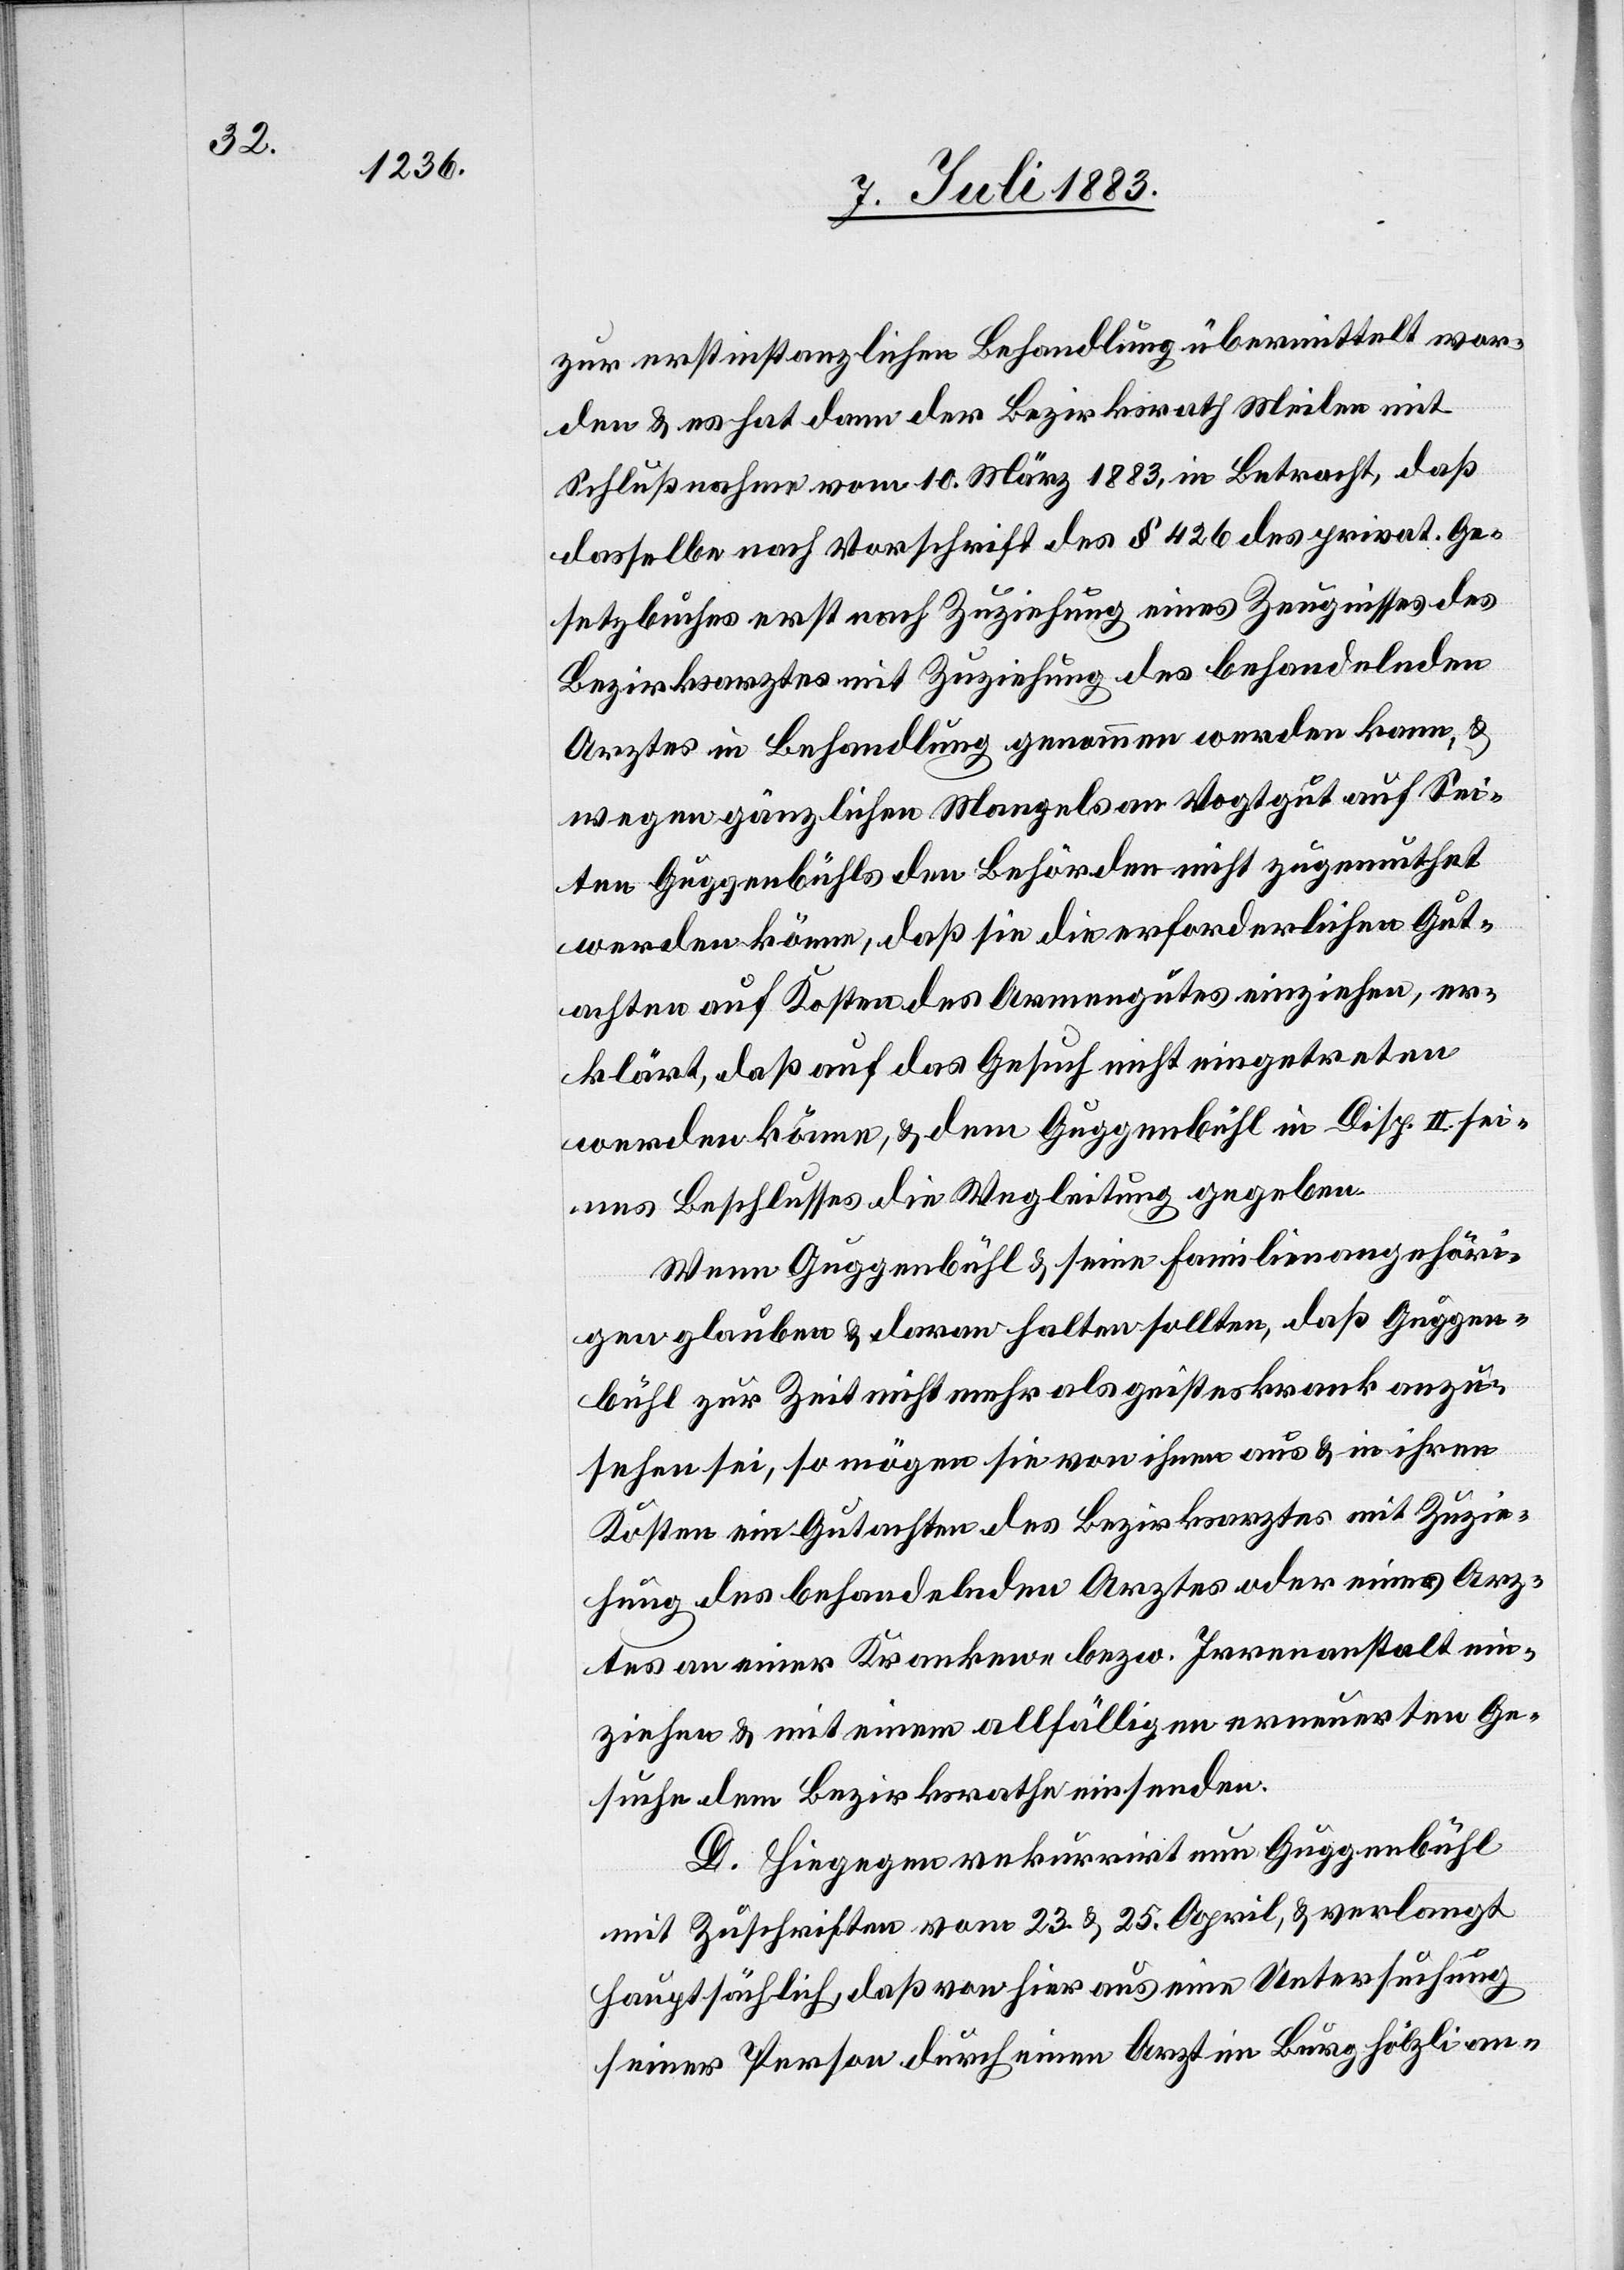
zur erstinstanzlichen Behandlung übermittelt wor¬
den & es hat dann der Bezirksrath Meilen mit
Schlußnahme vom 10. März 1883, in Betracht, daß
dasselbe nach Vorschrift des § 426 des privat. Ge¬
setzbuches erst nach Zuziehung eines Zeugnisses des
Bezirksarztes mit Zuziehung des behandelnden
Arztes in Behandlung genommen werden kann, &
wegen gänzlichen Mangels an Vogtgut auf Sei¬
ten Guggenbühls den Behörden nicht zugemuthet
werden könne, daß sie die erforderlichen Gut¬
achten auf Kosten des Armengutes einziehen, er¬
klärt, daß auf das Gesuch nicht eingetreten
werden könne, & dem Guggenbühl in Disp. II. sei¬
nes Beschlusses die Wegleitung gegeben.
Wenn Guggenbühl & seine Familienangehöri¬
gen glauben & daran halten sollten, daß Guggen¬
bühl zur Zeit nicht mehr als geisteskrank anzu¬
sehen sei, so mögen sie von ihnen aus & in ihren
Kosten ein Gutachten des Bezirksarztes mit Zuzie¬
hung des behandelnden Arztes oder eines Arz¬
tes an einer Kranken- bezw. Irrenanstalt ein¬
ziehen & mit einem allfälligen erneuten Ge¬
suche dem Bezirksrathe einsenden.
D. Hiegegen rekurrirt nun Guggenbühl
mit Zuschriften vom 23. & 25. April, & verlangt
hauptsächlich, daß von hier aus eine Untersuchung
seiner Person durch einen Arzt im Burghölzli an-